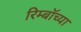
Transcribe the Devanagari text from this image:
रिम्बॉच्या